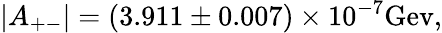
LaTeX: |A_{+-}|=(3.911\pm 0.007)\times 10^{-7}\mathrm{Gev},